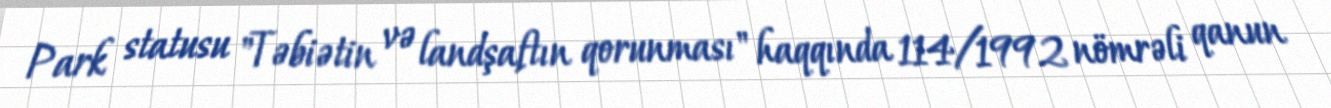
Park statusu "Təbiətin və landşaftın qorunması" haqqında 114/1992 nömrəli qanun